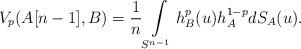
LaTeX: \begin{align*}V_p(A[n-1],B)=\frac{1}{n} \int\limits_{S^{n-1}} h^p_B(u)h_A^{1-p} dS_A(u).\end{align*}